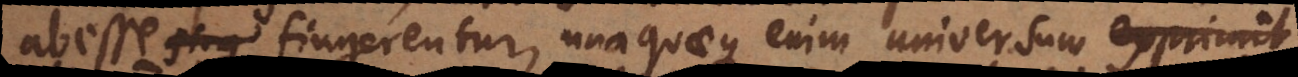
abesse fingerentur, unaquaeque enim universum exprimit.